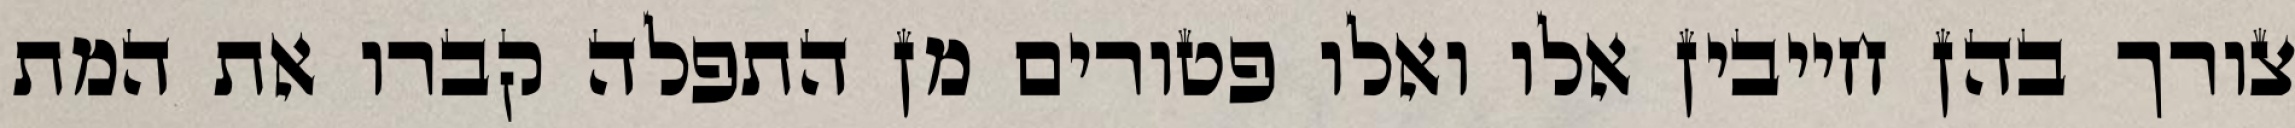
צורך בהן חייבין אלו ואלו פטורים מן התפלה קברו את המת